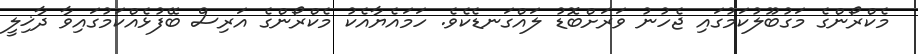
މެކްރޯންގެ މަގުބޫލުކަމުގައި ޖެހުނު ވަރަށްބޮޑު ލައްގަނޑެކެވެ. ހަމައެޔާއެކު މެކްރޯންގެ އަރިސް ބޭފުޅެއްކަމުގައިވާ ދާޚިލީ